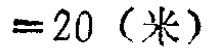
$=20（米）$